Report on vaccination in the Province of Bengal - 1869-1873
Year: 1869
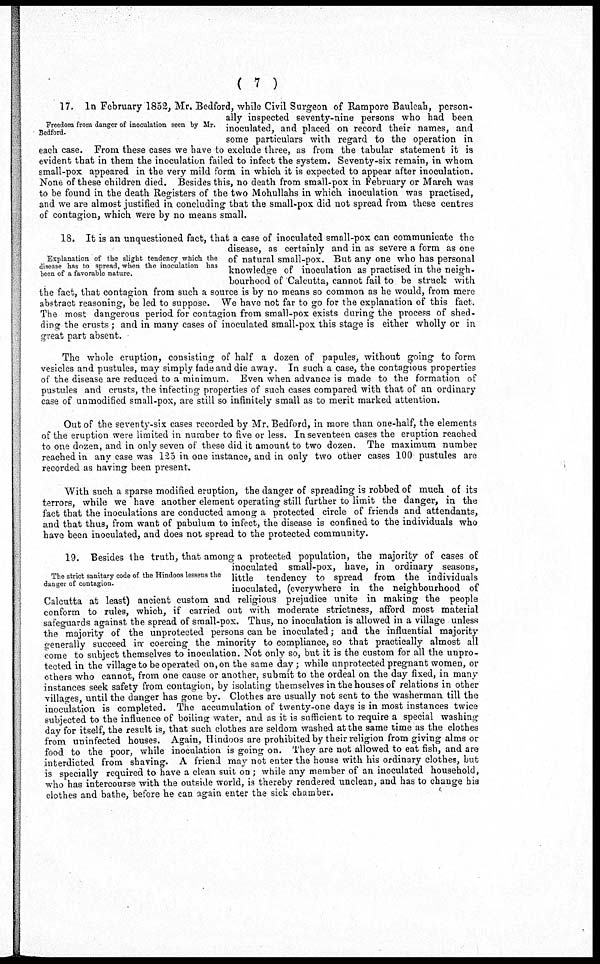
( 7 )
Freedom from danger of inoculation seen by Mr.
Bedford.
17. In February 1852, Mr. Bedford, while Civil Surgeon of Rampore Bauleah, person-
ally inspected seventy-nine persons who had been
inoculated, and placed on record their names, and
some particulars with regard to the operation in
each case. From these cases we have to exclude three, as from the tabular statement it is
evident that in them the inoculation failed to infect the system. Seventy-six remain, in whom
small-pox appeared in the very mild form in which it is expected to appear after inoculation.
None of these children died. Besides this, no death from small-pox in February or March was
to be found in the death Registers of the two Mohullahs in which inoculation was practised,
and we are almost justified in concluding that the small-pox did not spread from these centres
of contagion, which were by no means small.
Explanation of the slight tendency which the
disease has to spread, when the inoculation has
been of a favorable nature.
18. It is an unquestioned fact, that a case of inoculated small-pox can communicate the
disease, as certainly and in as severe a form as one
of natural small-pox. But any one who has personal
knowledge of inoculation as practised in the neigh-
bourhood of Calcutta, cannot fail to be struck with
the fact, that contagion from such a source is by no means so common as he would, from mere
abstract reasoning, be led to suppose. We have not far to go for the explanation of this fact.
The most dangerous period for contagion from small-pox exists during the process of shed-
ding the crusts; and in many cases of inoculated small-pox this stage is either wholly or in
great part absent.
The whole eruption, consisting of half a dozen of papules, without going to form
vesicles and pustules, may simply fade and die away. In such a case, the contagious properties
of the disease are reduced to a minimum. Even when advance is made to the formation of
pustules and crusts, the infecting properties of such cases compared with that of an ordinary
case of unmodified small-pox, are still so infinitely small as to merit marked attention.
Out of the seventy-six cases recorded by Mr. Bedford, in more than one-half, the elements
of the eruption were limited in number to five or less. In seventeen cases the eruption reached
to one dozen, and in only seven of these did it amount to two dozen. The maximum number
reached in any case was 125 in one instance, and in only two other cases 100 pustules are
recorded as having been present.
With such a sparse modified eruption, the danger of spreading is robbed of much of its
terrors, while we have another element operating still further to limit the danger, in the
fact that the inoculations are conducted among a protected circle of friends and attendants,
and that thus, from want of pabulum to infect, the disease is confined to the individuals who
have been inoculated, and does not spread to the protected community.
The strict sanitary code of the Hindoos lessens the
danger of contagion.
19. Besides the truth, that among a protected population, the majority of cases of
inoculated small-pox, have, in ordinary seasons,
little tendency to spread from the individuals
inoculated, (everywhere in the neighbourhood of
Calcutta at least) ancient custom and religious prejudice unite in making the people
conform to rules, which, if carried out with moderate strictness, afford most material
safeguards against the spread of small-pox. Thus, no inoculation is allowed in a village unless
the majority of the unprotected persons can be inoculated; and the influential majority
generally succeed in coercing the minority to compliance, so that practically almost all
come to subject themselves to inoculation. Not only so, but it is the custom for all the unpro-
tected in the village to be operated on, on the same day; while unprotected pregnant women, or
others who cannot, from one cause or another, submit to the ordeal on the day fixed, in many
instances seek safety from contagion, by isolating themselves in the houses of relations in other
villages, until the danger has gone by. Clothes are usually not sent to the washerman till the
inoculation is completed. The accumulation of twenty-one days is in most instances twice
subjected to the influence of boiling water, and as it is sufficient to require a special washing
day for itself, the result is, that such clothes are seldom washed at the same time as the clothes
from uninfected houses. Again, Hindoos are prohibited by their religion from giving alms or
food to the poor, while inoculation is going on. They are not allowed to eat fish, and are
interdicted from shaving. A friend may not enter the house with his ordinary clothes, but
is specially required to have a clean suit on ; while any member of an inoculated household,
who has intercourse with the outside world, is thereby rendered unclean, and has to change his
clothes and bathe, before he can again enter the sick chamber.